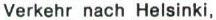
Verkehr nach Helsinki,